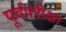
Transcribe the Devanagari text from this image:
पूर्वपरीक्षा